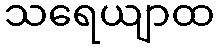
သရေယျာထ